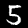
Label: 5